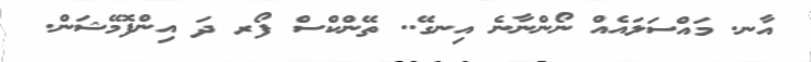
އާނ. މައްސަލައެއް ނޯންނާނެ އިނގޭ.. ތޭންކްސް ފޯރ ދަ އިންފޮމޭޝަން.